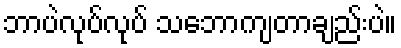
ဘာပဲလုပ်လုပ် သဘောကျတာချည်းပဲ။